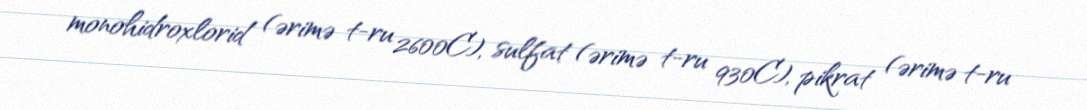
monohidroxlorid (ərimə t-ru 2600C), sulfat (ərimə t-ru 930C), pikrat (ərimə t-ru